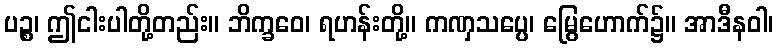
ပဉ္စ၊ ဤငါးပါတို့တည်း။ ဘိက္ခဝေ၊ ရဟန်းတို့။ ကဏှသပ္ပေ၊ မြွေဟောက်၌။ အာဒီနဝါ၊